Report on vaccination in Madras 1922-1929 - 1922-1929
Year: 1922
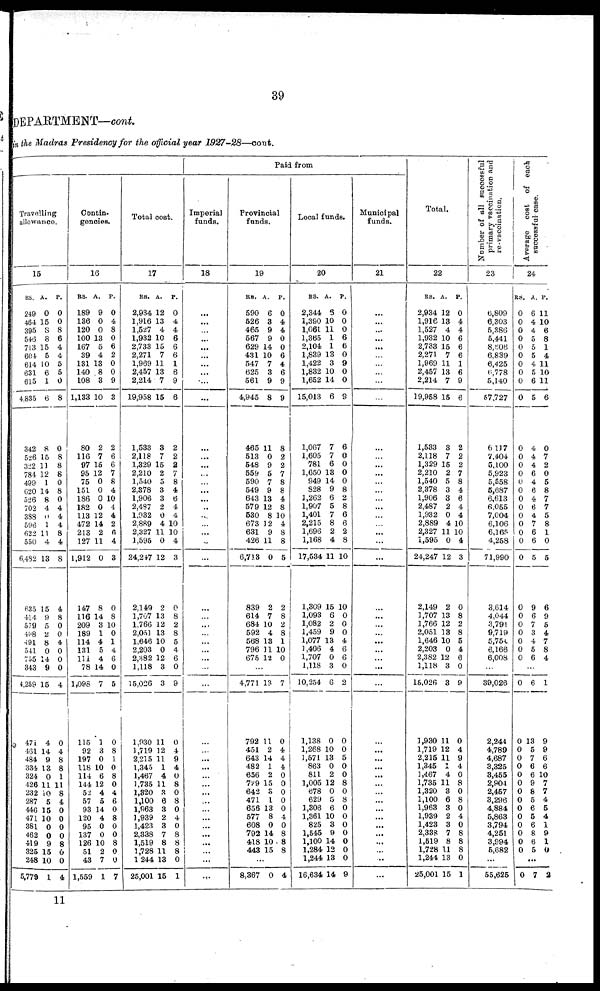
39
DEPARTMENT—cont.
in the Madras Presidency for the official year 1927-28—cout.
Travelling
allowance.
15
RS.
249
464
395
546
713
604
614
631
615
4,835
342
526
322
784
499
620
526
702
388
596
622
550
6,492
635
414
579
498
491
541
755
343
4,259
471
461
484
334
324
426
232
287
446
471
381
462
419
325
248
5,779
A.
0
15
8
8
15
5
10
6
1
6
8
15
11
12
1
14
8
4
0
1
11
4
13
15
9
5
2
8
0
15
9
15
4
14
9
13
0
11
10
5
15
10
0
0
9
15
10
1
P.
0
0
8
6
4
4
5
5
0
8
0
8
8
8
0
8
0
4
4
4
8
4
8
4
8
0
0
4
0
0
0
4
0
4
8
8
1
11
8
4
0
0
0
0
8
0
0
4
Congtin-
---cies.
16
RS.
189
136
120
100
167
39
131
140
108
1,133
80
116
97
95
75
151
186
182
113
472
213
127
1,912
147
116
209
189
114
131
111
78
1,098
115
92
197
118
114
144
52
57
93
120
95
137
126
51
43
1,559
A.
9
0
0
13
5
4
13
8
3
10
2
7
15
12
0
0
0
0
12
14
2
11
0
8
14
3
1
4
5
4
14
7
1
3
0
10
6
12
4
5
14
4
0
0
10
2
7
1
P.
0
4
8
0
6
2
0
0
9
3
2
6
6
7
8
4
10
4
4
2
6
4
3
0
8
10
0
1
4
6
0
5
0
8
1
0
8
0
4
6
0
8
0
0
8
0
0
7
Total cost.
17
RS.
2,934
1,916
1,527
1,932
2,733
2,271
1,969
2,457
2,214
19,958
1,533
2,118
1,329
2,210
1,540
2,378
1,906
2,487
1,932
2,889
2,327
1,595
24,247
2,149
1,707
1,766
2,051
1,646
2,203
2,382
1,118
15,026
1,930
1,719
2,215
1,345
1,467
1,735
1,320
1,100
1,963
1,939
1,423
2,338
1,519
1,728
1244
25,001
A.
12
13
4
10
15
7
11
13
7
15
3
7
15
2
5
3
3
2
0
4
11
0
12
2
13
12
13
10
0
12
3
3
11
12
11
1
4
11
3
6
3
2
3
7
8
11
13
15
P.
0
4
4
6
6
6
1
6
9
6
2
2
2
7
8
4
6
4
4
10
10
4
3
0
8
2
8
5
4
6
0
9
0
4
9
4
0
8
0
8
0
4
0
8
8
8
0
1
Paid from
Imperial
funds.
18
...
...
...
...
...
...
...
...
...
...
...
...
...
...
...
...
...
...
...
...
...
...
...
...
...
...
...
...
...
...
...
...
...
...
...
...
...
...
...
...
...
...
...
...
...
1
...
...
Provincial
funds.
19
RS.
590
526
465
567
629
431
547
625
561
4,945
465
513
548
559
590
549
643
579
530
673
631
426
6,713
839
614
684
592
568
796
675
A.
6
3
9
9
14
10
7
3
9
8
11
0
9
5
7
9
13
12
8
12
9
11
0
2
7
10
4
13
11
12
P.
0
4
4
0
0
6
4
6
9
9
8
2
2
7
8
8
4
8
10
4
8
8
5
2
8
2
8
1
10
0
...
4,771
792
451
643
482
656
729
642
471
656
577
608
792
418
443
13
11
2
14
1
2
15
3
1
13
8
0
14
10
15
7
0
4
4
4
0
0
0
0
0
4
0
8
8
8
...
8,367 0 4
Local funds.
20
RS.
2,344
1,390
1,061
1,365
2,104
1,839
1,422
1,832
1,652
15,013
1,067
1,605
781
1,650
949
828
1,262
1,907
1,401
2,215
1,696
1,168
17,534
1,309
1,093
1,082
1,459
1,077
1,406
1,707
1,118
10,254
1,138
1,268
1,571
863
811
1,005
678
629
1,806
1,361
825
1,545
1,100
1,284
1,244
16,634
A.
6
10
11
1
1
13
3
10
14
6
7
7
6
13
14
9
6
5
7
8
2
4
11
15
6
2
9
13
4
0
3
6
0
10
13
0
2
12
0
5
6
10
3
9
14
12
13
14
P.
0
0
0
6
6
0
9
0
0
9
6
0
0
0
0
8
2
8
6
6
2
8
10
10
0
0
0
4
6
6
0
2
0
0
5
0
0
8
0
8
0
0
0
0
0
0
0
9
Municipal
funds.
21
...
...
...
...
...
...
...
...
...
...
...
...
...
...
...
...
...
...
...
...
...
...
...
...
...
...
...
...
...
...
...
...
...
...
...
...
...
...
...
...
...
...
...
...
...
...
...
...
Total.
22
RS.
2,934
1,916
1,527
1,932
2,733
2,271
1,969
2,457
2,214
19,958
1,583
2,118
1,329
2,210
1,540
2,378
1,906
2,487
1,932
2,889
2,327
1,595
24,247
2,149
1,707
1,766
2,051
1,646
2,203
2,382
1,118
15,026
1,930
1,719
2,215
1,345
1,467
1,735
1,320
1,100
1,963
1,939
1,423
2,388
1,519
1,728
1,244
25,001
A.
12
18
4
10
15
7
11
13
7
15
3
7
15
2
5
3
3
2
0
4
11
0
12
2
13
12
13
10
0
12
3
3
11
12
11
1
4
11
8
6
3
2
3
7
8
11
13
15
P.
0
4
4
6
6
6
1
6
9
6
2
2
2
7
8
4
6
4
4
10
10
4
3
0
8
2
8
5
4
6
0
9
0
4
9
4
0
8
0
8
0
4
0
8
8
8
0
1
Number of all succeesful
primary vaccination and
re-vaccination.
23
6,809
6,303
5,386
5,441
8,606
6,839
6,425
6,778
5,140
57,727
6,117
7,404
5,100
5,923
5,558
5,687
6,613
6,055
7,004
6,106
6,165
4,258
71,990
3,614
4,044
3,791
9,719
5,754
6,166
6,008
...
39,026
2,244
4,789
4,687
8,325
8,455
2,904
2,457
3,296
4,884
5,863
3,794
4,251
3,994
5,682
...
55,626
Average cost of each
successful case.
24.
RS.
0
0
0
0
0
0
0
0
0
0
0
0
0
0
0
0
0
0
0
0
0
0
0
0
0
0
0
0
0
0
A.
6
4
4
5
5
5
4
5
6
5
4
4
4
6
4
6
4
6
4
7
6
6
5
9
6
7
3
4
6
6
P.
11
10
6
8
1
4
11
10
11
6
0
7
2
0
5
8
7
7
5
8
1
0
5
6
9
5
4
7
8
4
...
0
0
0
0
0
0
0
0
0
0
0
0
0
0
0
6
13
5
7
6
6
9
8
5
6
5
6
8
6
5
1
9
9
6
6
10
7
7
4
5
4
1
9
1
0
...
0 7 2
11